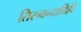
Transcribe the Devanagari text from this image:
तिरुवन्दादिही